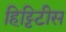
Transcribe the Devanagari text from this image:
हिट्टिटीस